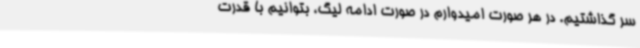
سر گذاشتیم. در هر صورت امیدوارم در صورت ادامه لیگ، بتوانیم با قدرت